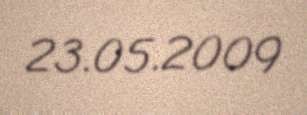
23.05.2009